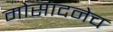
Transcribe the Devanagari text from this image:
मोसादनेच